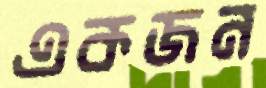
একজন